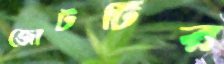
জোটটির